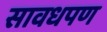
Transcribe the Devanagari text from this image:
सावधपण